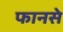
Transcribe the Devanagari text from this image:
फानसे